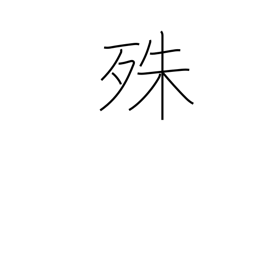
Meaning: particularly